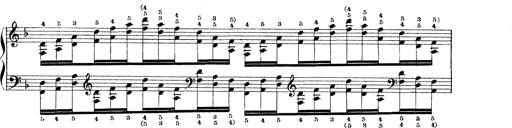
Title: Technische Studien
Composer: Franz Liszt